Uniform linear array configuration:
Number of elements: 24
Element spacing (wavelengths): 1
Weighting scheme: exponential
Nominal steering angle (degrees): -30
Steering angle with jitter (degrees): -29.954
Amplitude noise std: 0.05
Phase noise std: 0.05

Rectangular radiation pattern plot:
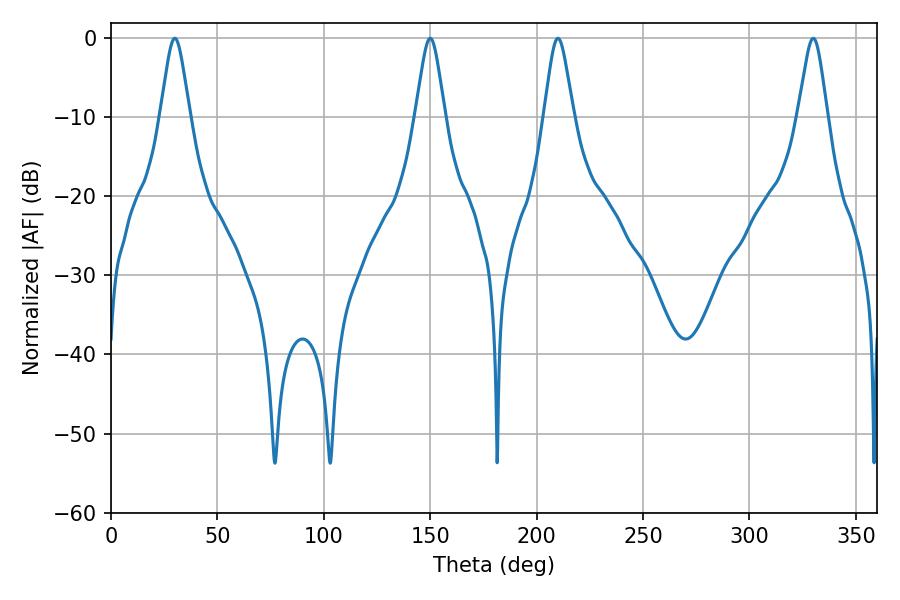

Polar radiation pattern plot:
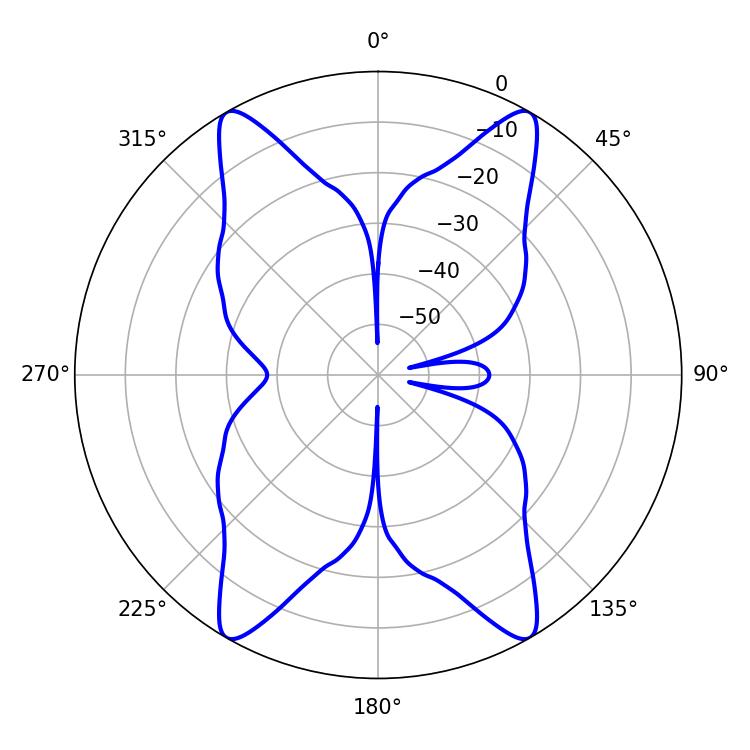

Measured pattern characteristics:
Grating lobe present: TRUE
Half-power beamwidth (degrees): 6.66
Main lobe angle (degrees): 210.06